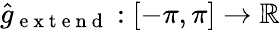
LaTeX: \widehat{g}_{\mathrm{~e~x~t~e~n~d~}}:[-\pi,\pi]\to\mathbb{R}